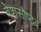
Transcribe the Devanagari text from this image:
वेशसौष्ठव